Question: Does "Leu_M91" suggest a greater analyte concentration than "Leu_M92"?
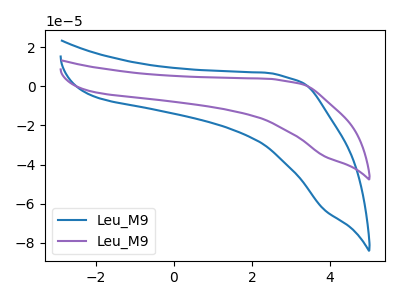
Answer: <think>The blue curve "Leu_M91" has no peaks. The purple curve "Leu_M92" has no peaks.
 Neither "Leu_M91" or "Leu_M92" have any peaks.</think>
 <answer>I cant tell if "Leu_M91" or "Leu_M92" has more signal.</answer>
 <eval>mixed_signal</eval>